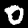
Label: 0